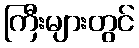
ကြီးများတွင်